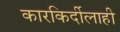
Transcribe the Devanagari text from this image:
कारकिर्दीलाही